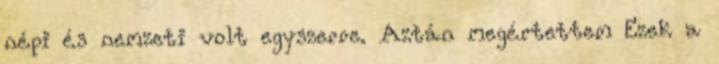
népi és nemzeti volt egyszerre. Aztán megértettem Ezek a